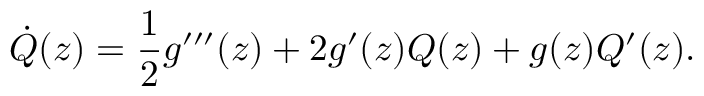
\dot { Q } ( z ) = \frac { 1 } { 2 } g ^ { \prime \prime \prime } ( z ) + 2 g ^ { \prime } ( z ) Q ( z ) + g ( z ) Q ^ { \prime } ( z ) .